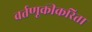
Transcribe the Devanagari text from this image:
वर्तणूकीकरिता